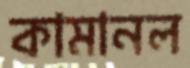
কামানল